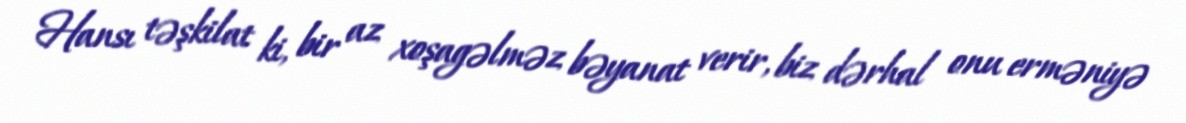
Hansı təşkilat ki, bir az xoşagəlməz bəyanat verir, biz dərhal onu erməniyə